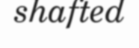
shafted